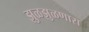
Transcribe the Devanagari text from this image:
झुळझुळणारा